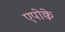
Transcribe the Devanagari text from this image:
एपोक्वे